Vaccination United Provinces of Agra and Oudh 1902-1913 - 1902-1913
Year: 1902
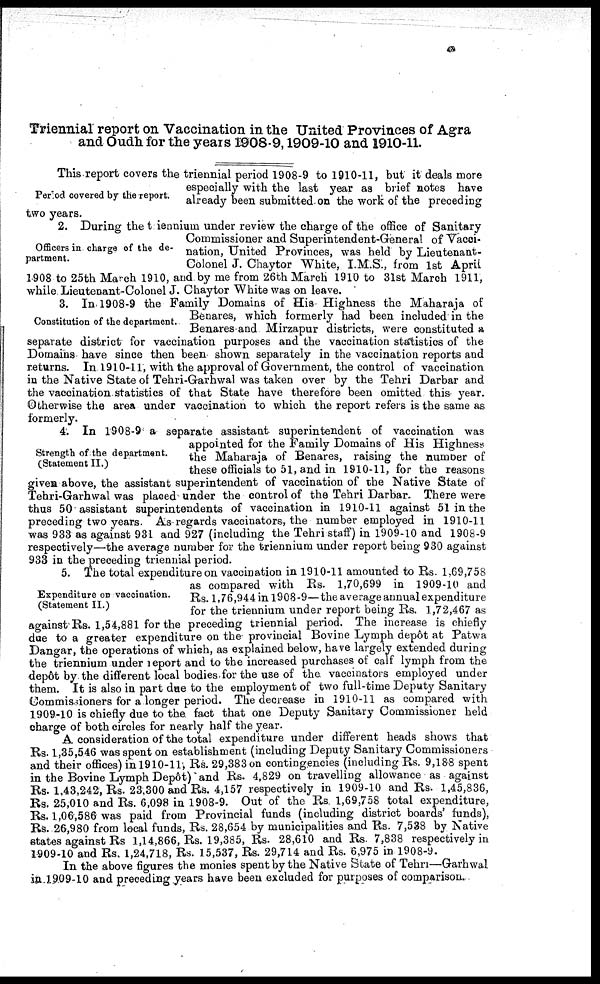
Triennial report on Vaccination in the United Provinces of Agra
and Oudh for the years 1908-9,1909-10 and 1910-11.
Period covered by the report.
This report covers the triennial period 1908-9 to 1910-11, but it deals more
especially with the last year as brief notes have
already been submitted on the work of the preceding
two years.
Officers in charge of the de-
partment.
2. During the triennium under review the charge of the office of Sanitary
Commissioner and Superintendent-General of Vacci-
nation, United Provinces, was held by Lieutenant-
Colonel J. Chaytor White, I.M.S., from 1st April
1908 to 25th March 1910, and by me from 26th March 1910 to 31st March 1911,
while. Lieutenant-Colonel J. Chaytor White was on leave.
Constitution of the department.
3. In 1908-9 the Family Domains of His Highness the Maharaja of
Benares, which formerly had been included in the
Benares and Mirzapur districts, were constituted a
separate district for vaccination purposes and the vaccination statistics of the
Domains have since then been shown separately in the vaccination reports and
returns. In 1910-11, with the approval of Government, the control of vaccination
in the Native State of Tehri-Garhwal was taken over by the Tehri Darbar and
the vaccination statistics of that State have therefore been omitted this year.
Otherwise the area under vaccination to which the report refers is the same as
formerly.
Strength of the department.
(Statement II.)
4. In 1908-9 a separate assistant superintendent of vaccination was
appointed for the Family Domains of His Highness
the Maharaja of Benares, raising the number of
these officials to 51, and in 1910-11, for the reasons
given above, the assistant superintendent of vaccination of the Native State of
Tehri-Garhwal was placed under the control of the Tehri Darbar. There were
thus 50 assistant superintendents of vaccination in 1910-11 against 51 in the
preceding two years. As-regards vaccinators, the number employed in 1910-11
was 933 as against 931 and 927 (including the Tehri staff) in 1909-10 and 1908-9
respectively—the average number for the triennium under report being 930 against
933 in the preceding triennial period.
Expenditure on vaccination.
(Statement II.)
5. The total expenditure on vaccination in 1910-11 amounted to Rs. 1,69,758
as compared with Rs. 1,70,699 in 1909-10 and
Rs. 1,76,944 in 1908-9—the average annual expenditure
for the triennium under report being Rs. 1,72,467 as
against Rs. 1,54,881 for the preceding triennial period. The increase is chiefly
due to a greater expenditure on the provincial Bovine Lymph depôt at Patwa
Dangar, the operations of which, as explained below, have largely extended during
the triennium under report and to the increased purchases of calf lymph from the
depôt by the different local bodies for the use of the vaccinators employed under
them. It is also in part due to the employment of two full-time Deputy Sanitary
Commissioners for a longer period. The decrease in 1910-11 as compared with
1909-10 is chiefly due to the fact that one Deputy Sanitary Commissioner held
charge of both circles for nearly half the year.
A consideration of the total expenditure under different heads shows that
Rs. 1,35,546 was spent on establishment (including Deputy Sanitary Commissioners
and their offices) in 1910-11, Rs. 29,383 on contingencies (including Rs. 9,188 spent
in the Bovine Lymph Depôt) and Rs. 4,829 on travelling allowance as against
Rs. 1,43,242, Rs. 23,300 and Rs. 4,157 respectively in 1909-10 and Rs. 1,45,836,
Rs. 25,010 and Rs. 6,098 in 1908-9. Out of the Rs. 1,69,758 total expenditure,
Rs. 1,06,586 was paid from Provincial funds (including district boards' funds),
Rs. 26,980 from local funds, Rs. 28,654 by municipalities and Rs. 7,538 by Native
states against Rs. 1,14,866, Rs. 19,385, Rs. 28,610 and Rs. 7,838 respectively in
1909-10 and Rs. 1,24,718, Rs. 15,537, Rs. 29,714 and Rs. 6,975 in 1908-9.
In the above figures the monies spent by the Native State of Tehri—Garhwal
in 1909-10 and preceding years have been excluded for purposes of comparison.